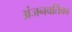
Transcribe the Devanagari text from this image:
अंजनवर्तिका